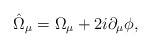
\begin{align*}\hat{\Omega}_{\mu}=\Omega_{\mu}+2i\partial_{\mu}\phi,\end{align*}